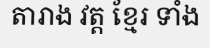
តារាង វត្ត ខ្មែរ ទាំង